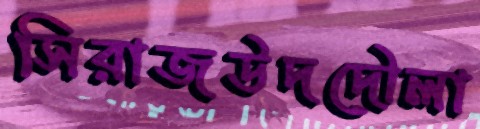
সিরাজউদদৌলা